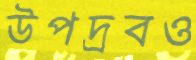
উপদ্রবও